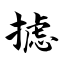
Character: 摅